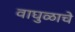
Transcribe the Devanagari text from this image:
वाघुळाचे